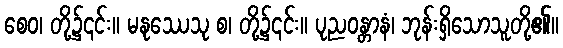
စေဝ၊ တို့၌၎င်း။ မနုဿေသု စ၊ တို့၌၎င်း။ ပုညဝန္တာနံ၊ ဘုန်းရှိသောသူတို့၏။